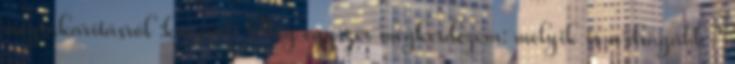
megtakarításról :kacsint: Még egyszer megkérdezem: melyik is a drágább?